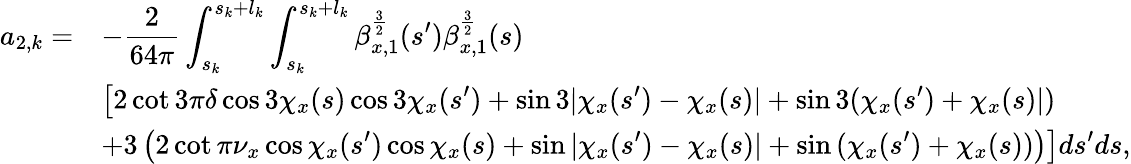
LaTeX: \begin{array}{cl}{\displaystyle a_{2,k}=}&{\displaystyle-\frac{2}{64\pi}\int_{s_{k}}^{s_{k}+l_{k}}{\int_{s_{k}}^{s_{k}+l_{k}}{\beta_{x,1}^{\frac{3}{2}}(s^{\prime})\beta_{x,1}^{\frac{3}{2}}(s)}}}\\ &{\displaystyle\left[2\cot{3\pi\delta}\cos{3\chi_{x}(s)}\cos{3\chi_{x}(s^{\prime})}+\sin{3|\chi_{x}(s^{\prime})-\chi_{x}(s)|}+\sin{3(\chi_{x}(s^{\prime})+\chi_{x}(s)|)}\right.}\\ &{\displaystyle\left.+3\left(2\cot{\pi\nu_{x}}\cos{\chi_{x}(s^{\prime})}\cos{\chi_{x}(s)}+\sin{|\chi_{x}(s^{\prime})-\chi_{x}(s)|}+\sin{(\chi_{x}(s^{\prime})+\chi_{x}(s))}\right)\right]ds^{\prime}ds,}\end{array}